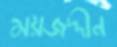
ময়জদ্দীন